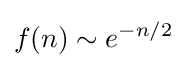
f(n)\sim e^{-n/2}